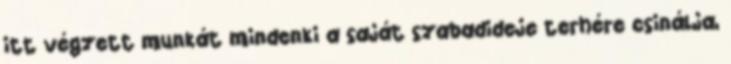
itt végzett munkát mindenki a saját szabadideje terhére csinálja,